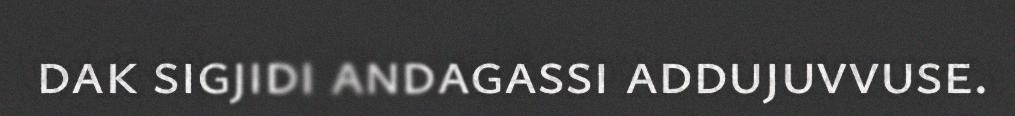
dak sigjidi andagassi addujuvvuse.